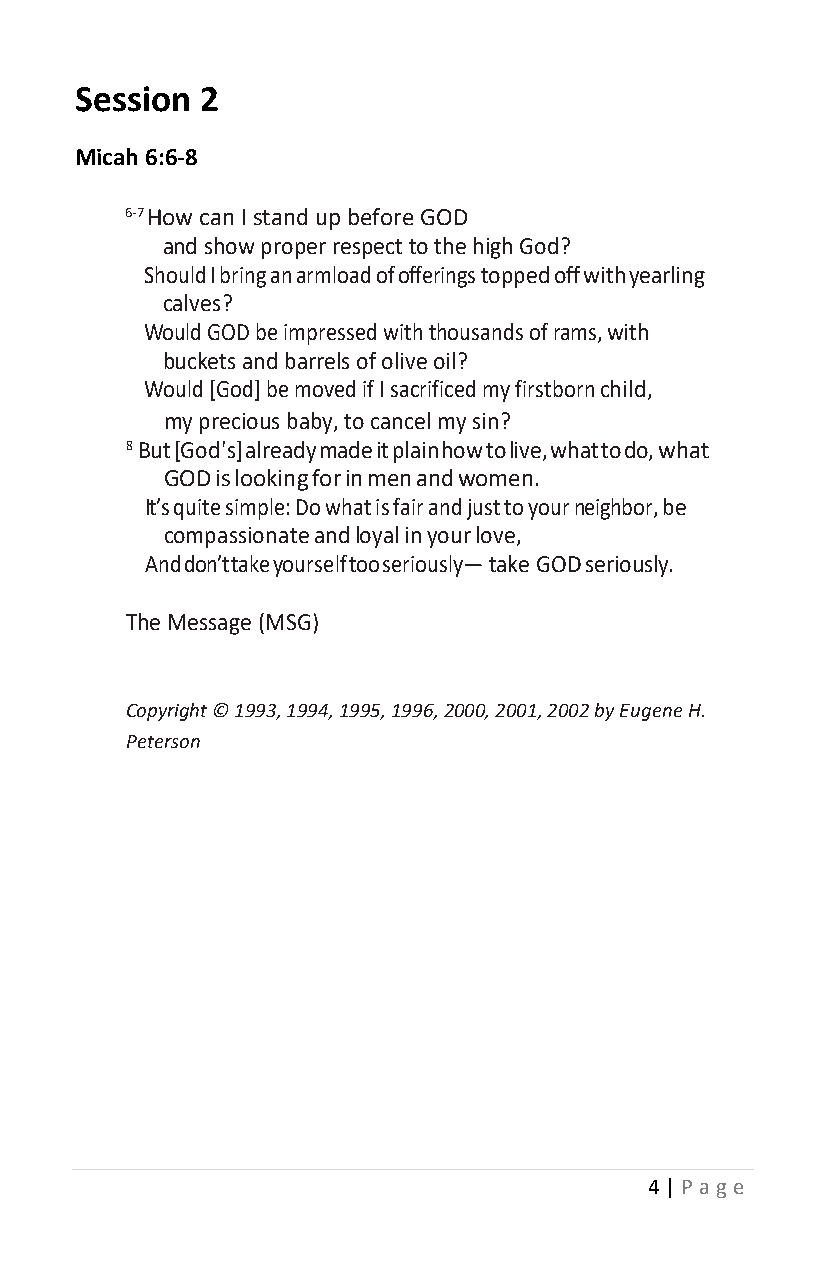
Session 2
 Micah 6:6-8
 6-7 How can I stand up before GOD
 and show proper respect to the high God?
 Should I bring an armload of offerings topped off with yearling
 calves?
 Would GOD be impressed with thousands of rams, with
 buckets and barrels of olive oil?
 Would [God] be moved if I sacrificed my firstborn child,
 my precious baby, to cancel my sin?
 8 But [God's] already made it plain how to live, what to do, what
 GOD is looking for in men and women.
 It’s quite simple: Do what is fair and just to your neighbor, be
 compassionate and loyal in your love,
 And don’t take yourself too seriously— take GOD seriously.
 The Message (MSG)
 Copyright © 1993, 1994, 1995, 1996, 2000, 2001, 2002 by Eugene H.
 Peterson
 4 | P age